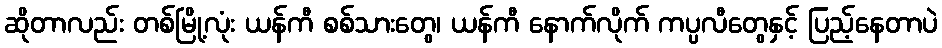
ဆိုတာလည်း တစ်မြို့လုံး ယန်ကီ စစ်သားတွေ၊ ယန်ကီ နောက်လိုက် ကပ္ပလီတွေနှင့် ပြည့်နေတာပဲ